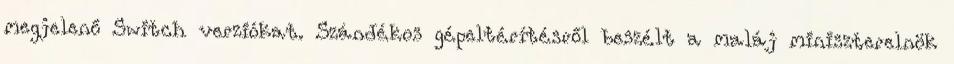
megjelenő Switch verziókat. Szándékos gépeltérítésről beszélt a maláj miniszterelnök